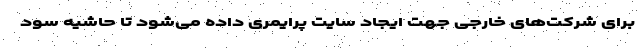
برای شرکت‌های خارجی جهت ایجاد سایت پرایمری داده می‌شود تا حاشیه سود